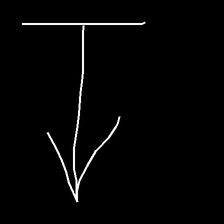
Glyph: levitation